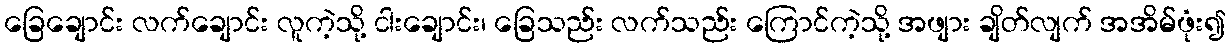
ခြေချောင်း လက်ချောင်း လူကဲ့သို့ ငါးချောင်း၊ ခြေသည်း လက်သည်း ကြောင်ကဲ့သို့ အဖျား ချိတ်လျက် အအိမ်ဖုံး၍